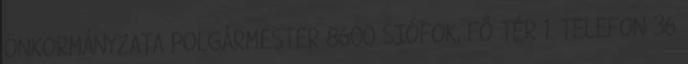
ÖNKORMÁNYZATA POLGÁRMESTER 8600 SIÓFOK, FŐ TÉR 1. TELEFON 36